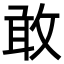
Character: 敢